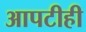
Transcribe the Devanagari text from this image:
आपटीही